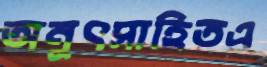
অনুৎসাহিতএ